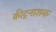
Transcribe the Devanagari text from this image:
कीट्नाशक